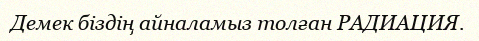
Демек біздің айналамыз толған РАДИАЦИЯ.